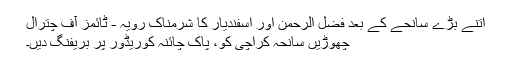
اتنے بڑے سانحے کے بعد فضل الرحمن اور اسفندیار کا شرمناک رویہ - ٹائمز آف چترال
چھوڑیں سانحہ کراچی کو، پاک چائنہ کوریڈور پر بریفنگ دیں۔